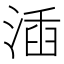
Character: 㴙